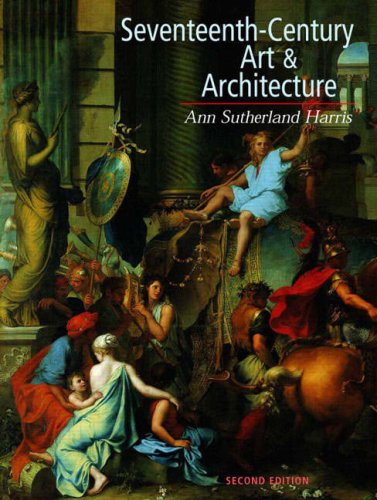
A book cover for Seventeenth-Century Art and Architecture, 2nd Edition; Ann Sutherland Harris; Arts & Photography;